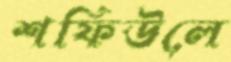
শফিউলে